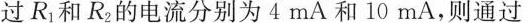
过R_{1}和R_{2}的电流分别为4mA和10mA，则通过